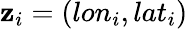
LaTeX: \mathbf{z}_{i}=(lon_{i},lat_{i})